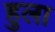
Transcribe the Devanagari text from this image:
हुला